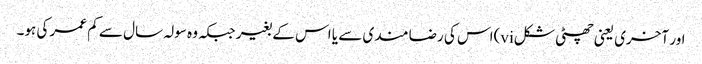
اور آخری یعنی چھٹی شکلvi)اس کی رضا مندی سے یا اس کے بغیر جبکہ وہ سولہ سال سے کم عمر کی ہو۔